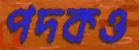
পদকও